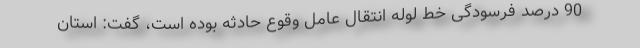
90 درصد فرسودگی خط لوله انتقال عامل وقوع حادثه بوده است، گفت: استان